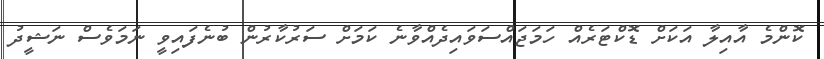
ކޮންމެ އާއިލާ އަކަށް ޑޮކްޓަރެއް ހަމަޖައްސަވައިދެއްވާނެ ކަމަށް ސަރުކާރުން ބުނެފައިވީ ނަމަވެސް ނަޝީދު